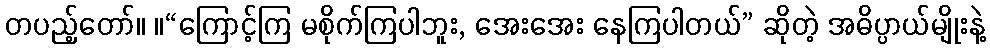
တပည့်တော်။ ။“ကြောင့်ကြ မစိုက်ကြပါဘူး, အေးအေး နေကြပါတယ်” ဆိုတဲ့ အဓိပ္ပာယ်မျိုးနဲ့